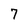
Character: 7